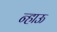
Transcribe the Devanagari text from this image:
न्हाऊ